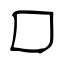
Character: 囗